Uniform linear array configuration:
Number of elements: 12
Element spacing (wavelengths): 0.5
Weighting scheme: cosine
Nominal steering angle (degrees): -15
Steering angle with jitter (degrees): -16.372
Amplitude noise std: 0.05
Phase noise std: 0.05

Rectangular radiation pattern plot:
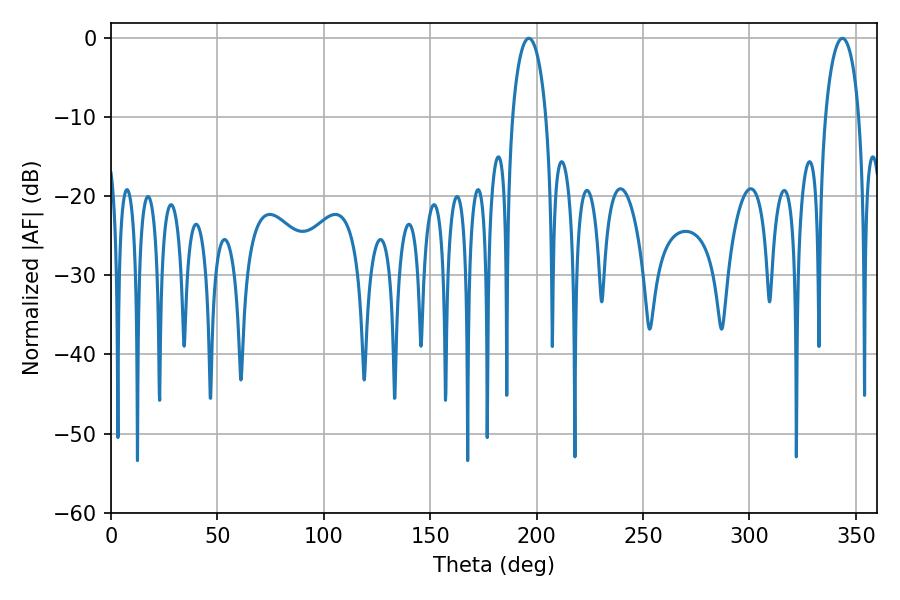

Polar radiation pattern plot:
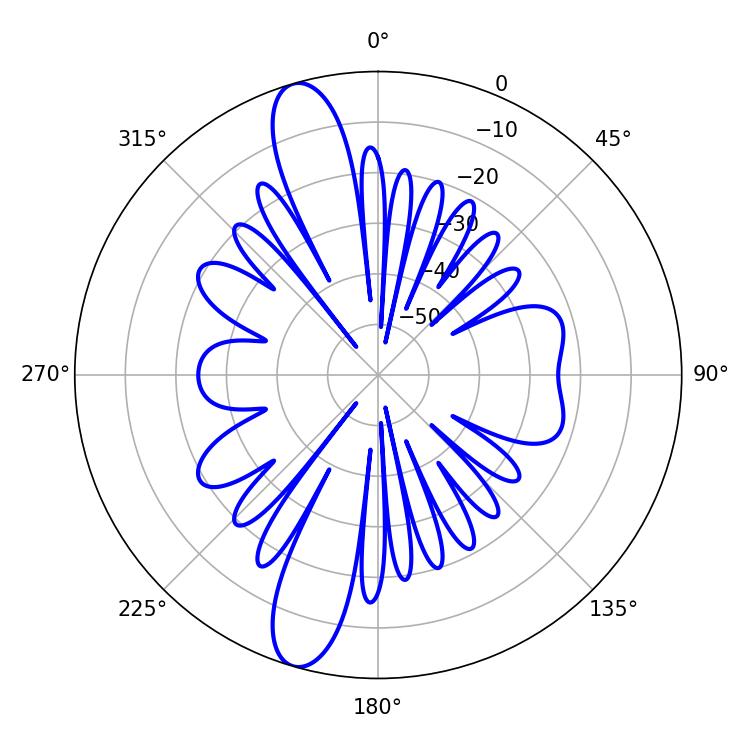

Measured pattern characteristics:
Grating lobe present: FALSE
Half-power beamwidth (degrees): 9
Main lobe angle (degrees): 196.38